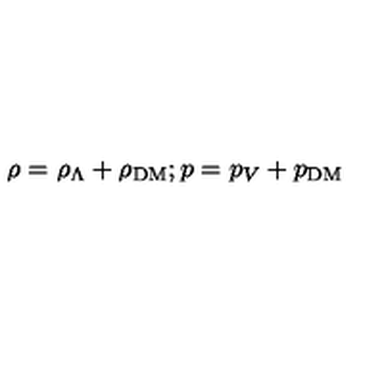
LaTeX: \rho = \rho _ { \Lambda } + \rho _ { \mathrm { D M } } ; p = p _ { V } + p _ { \mathrm { D M } }